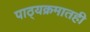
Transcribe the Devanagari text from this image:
पाठ्यक्रमातही